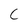
Character: C